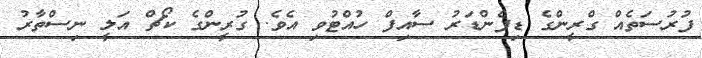
ފުރުސަތެއް ގްރީންގެ ޑިފެންޑަރު ސާއިފް ހުއްޓުވި އެވެ. ގުރީންގެ ކޯޗް އަލީ ނިސްތާރު